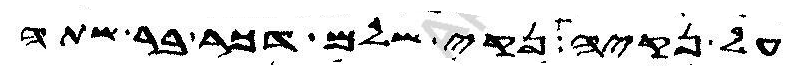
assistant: על נקיה נקי שלם דכר בר שתה